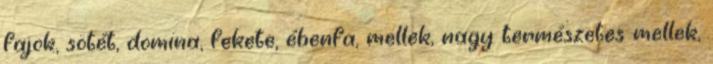
fajok, sötét, domina, fekete, ébenfa, mellek, nagy természetes mellek,